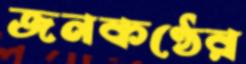
জনকণ্ঠের